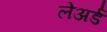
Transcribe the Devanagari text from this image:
लेअर्ड